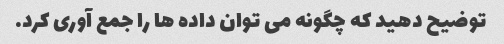
توضیح دهید که چگونه می توان داده ها را جمع آوری کرد.